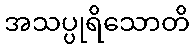
အသပ္ပုရိသောတိ